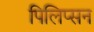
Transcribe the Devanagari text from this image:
पिलिप्सन